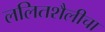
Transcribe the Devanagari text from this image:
ललितशैलीचा